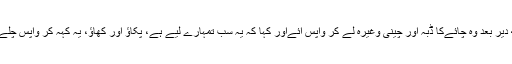
انہوں نے سامان رکھا اور یہ کہہ کر بازار چلے گئے کہ میں کچھ مزید سامان لے آؤں، کچھ دیر بعد وہ چائےکا ڈبہ اور چینی وغیرہ لے کر واپس آئےاور کہا کہ یہ سب تمہارے لیے ہے، پکاؤ اور کھاؤ، یہ کہہ کر واپس چلے گئے، میں نے دل میں خیال کیا کہ ان بزرگ کو باہر دیکھوں اور کچھ تفصیل معلوم کروں ۔